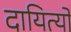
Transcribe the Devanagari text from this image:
दायित्यों